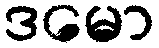
ဒမော